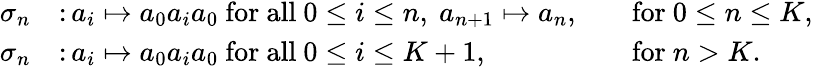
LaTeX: \begin{array}{rlrl}{\sigma_{n}}&{\colon a_{i}\mapsto a_{0}a_{i}a_{0}\mathrm{~for~all~}0\le i\le n,\ a_{n+1}\mapsto a_{n},}&&{\mathrm{for~}0\le n\le K,}\\ {\sigma_{n}}&{\colon a_{i}\mapsto a_{0}a_{i}a_{0}\mathrm{~for~all~}0\le i\le K+1,}&&{\mathrm{for~}n>K.}\end{array}